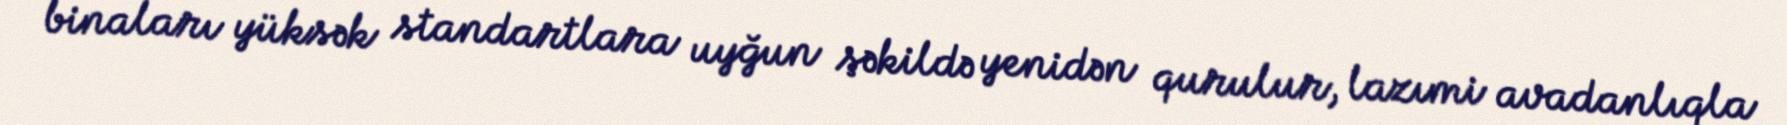
binaları yüksək standartlara uyğun şəkildə yenidən qurulur, lazımi avadanlıqla